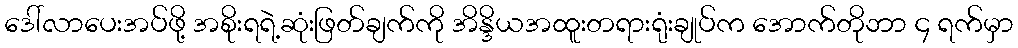
ဒေါ်လာပေးအပ်ဖို့ အစိုးရရဲ့ဆုံးဖြတ်ချက်ကို အိန္ဒိယအထူးတရားရုံးချုပ်က အောက်တိုဘာ ၄ ရက်မှာ